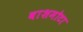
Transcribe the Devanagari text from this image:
बाशमोटा